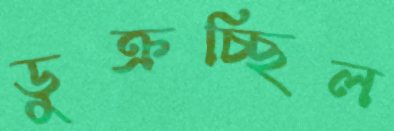
ডুক্‌রচ্ছিল